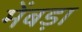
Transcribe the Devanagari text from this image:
मेंबड़ा